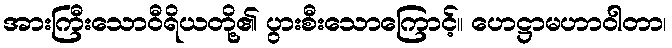
အားကြီးသောဝီရိယတို့၏ ပွားစီးသောကြောင့်။ ဟေဋ္ဌာမဟာဝါတာ၊